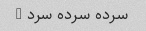
سرده سرده سرد …